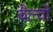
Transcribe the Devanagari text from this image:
वैल्वो